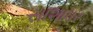
સાશાધર